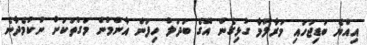
އިއްޔެ ބަޑިޖަހައި މަރާލުމާ ގުޅިގެން އޭގެ ބަދަލު ހިފަން އާންމުން މަގުތަކަށް ނުކުމެދާނެ